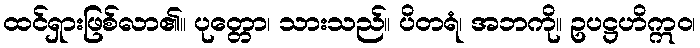
ထင်ရှားဖြစ်လာ၏။ ပုတ္တော၊ သားသည်။ ပိတရံ၊ အဘကို။ ဥပဋ္ဌဟိဣဝ၊